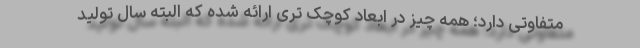
متفاوتی دارد؛ همه چیز در ابعاد کوچک تری ارائه شده که البته سال تولید